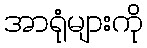
အာရုံများကို